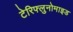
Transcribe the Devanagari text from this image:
टेरिफ्लुनोमाइड